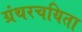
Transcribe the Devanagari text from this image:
ग्रंथरचयिता